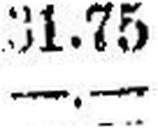
—.—